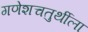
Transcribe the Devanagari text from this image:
गणेशचतुर्थीला